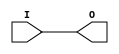
// $Header: /devl/xcs/repo/env/Databases/CAEInterfaces/verunilibs/data/uni9000/BUFFOE.v,v 1.4 2007/05/23 20:04:50 patrickp Exp $
///////////////////////////////////////////////////////////////////////////////
// Copyright (c) 1995/2004 Xilinx, Inc.
// All Right Reserved.
///////////////////////////////////////////////////////////////////////////////
//   ____  ____
//  /   /\/   /
// /___/  \  /    Vendor : Xilinx
// \   \   \/     Version : 7.1i (H.19)
//  \   \         Description : Xilinx Functional Simulation Library Component
//  /   /                  
// /___/   /\     Filename : BUFFOE.v
// \   \  /  \    Timestamp : Thu Mar 25 16:41:36 PST 2004
//  \___\/\___\
//
// Revision:
//    03/23/04 - Initial version.
//    05/23/07 - Changed timescale to 1 ps / 1 ps.

`timescale  1 ps / 1 ps

`celldefine

module BUFFOE (O, I);


    output O;

    input  I;

	buf B1 (O, I);

    specify
	(I *> O) = (0, 0);
    endspecify

endmodule

`endcelldefine